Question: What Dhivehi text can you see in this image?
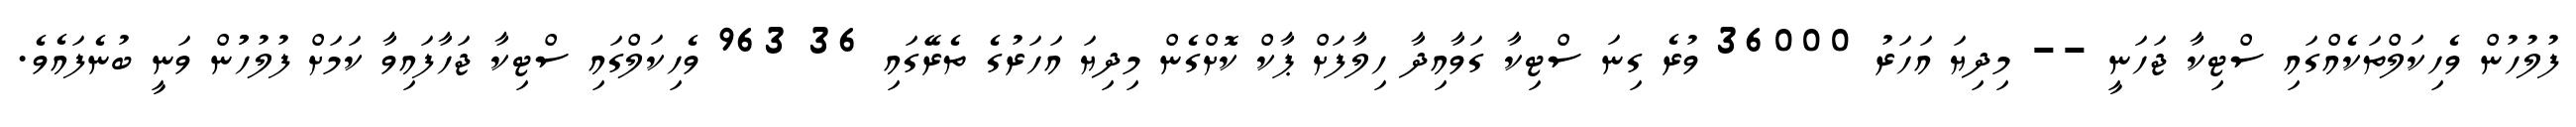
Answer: ފުލުހުން ވެހިކަލްތަކެއްގައި ސްޓިކާ ޖަހަނީ -- މިދިޔަ އަހަރު 36000 ވުރެ ގިނަ ސްޓިކާ ގަވާއިދާ ހިލާފަށް ޕާކް ކޮށްގެން މިދިޔަ އަހަރުގެ ތެރޭގައި 36 963 ވެހިކަލްގައި ސްޓިކާ ޖަހާފައިވާ ކަމަށް ފުލުހުުން ވަނީ ބުނެފައެވެ.